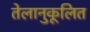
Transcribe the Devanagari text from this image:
तेलानुकूलित